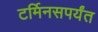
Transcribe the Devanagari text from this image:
टर्मिनसपर्यंत